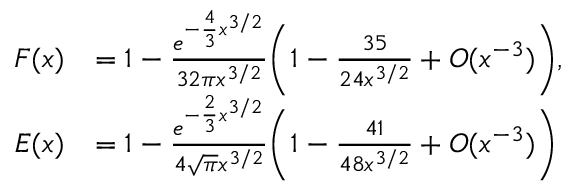
{ \begin{array} { r l } { F ( x ) } & { = 1 - { \frac { e ^ { - { \frac { 4 } { 3 } } x ^ { 3 / 2 } } } { 3 2 \pi x ^ { 3 / 2 } } } { \biggl ( } 1 - { \frac { 3 5 } { 2 4 x ^ { 3 / 2 } } } + { \cal { O } } ( x ^ { - 3 } ) { \biggr ) } , } \\ { E ( x ) } & { = 1 - { \frac { e ^ { - { \frac { 2 } { 3 } } x ^ { 3 / 2 } } } { 4 { \sqrt { \pi } } x ^ { 3 / 2 } } } { \biggl ( } 1 - { \frac { 4 1 } { 4 8 x ^ { 3 / 2 } } } + { \cal { O } } ( x ^ { - 3 } ) { \biggr ) } } \end{array} }